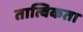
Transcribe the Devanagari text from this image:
तात्विकता